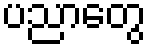
ပညာတွေ